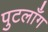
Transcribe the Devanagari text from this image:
पुटलाँग